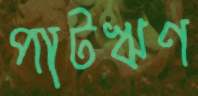
পাটঋণ